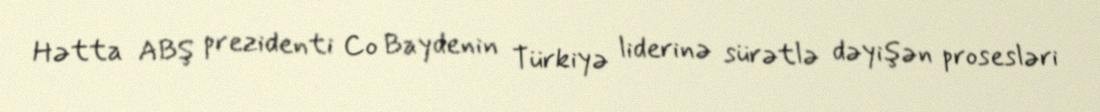
Hətta ABŞ prezidenti Co Baydenin Türkiyə liderinə sürətlə dəyişən prosesləri